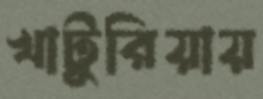
খাটুরিয়ায়